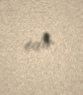
edir.